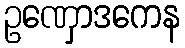
ဥဏှောဒကေန